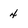
Character: 4